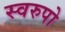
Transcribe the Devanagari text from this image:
स्वरुपो